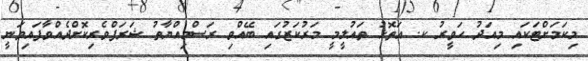
މިކަމަށްޓަކައި މިއަދު ހަވީރު ކ. އަތޮޅު ތައުލީމީ މަރުކަޒުގައި ބޭއްވި ރަސްމިއްޔާތު ޝަރަފްވެރިކޮށްދެއްވާފައިވަނީ